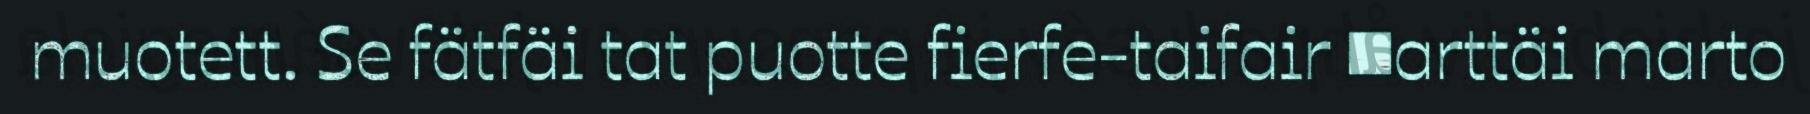
muotett. Se fätfäi tat puotte fierfe-taifair ■arttäi marto